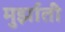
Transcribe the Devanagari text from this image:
मुर्झाती